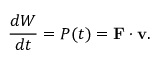
{ \frac { d W } { d t } } = P ( t ) = \mathbf { F } \cdot \mathbf { v } .